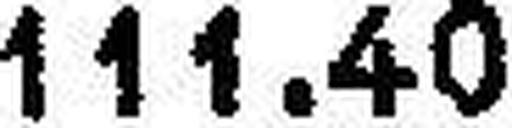
111.40